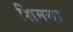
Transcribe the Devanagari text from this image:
शिमसा